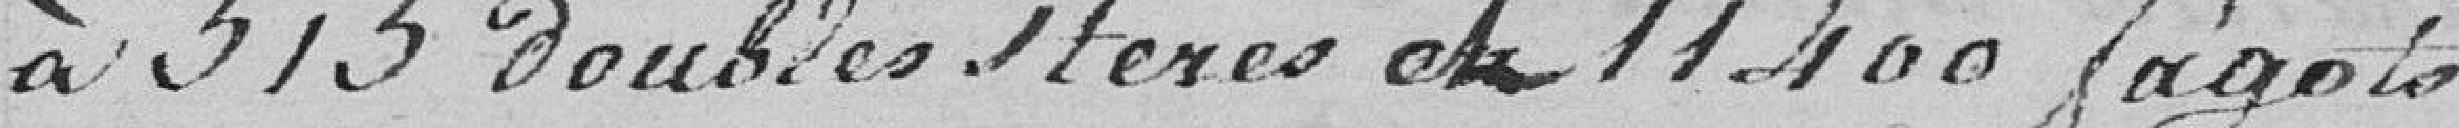
à 515 doubles 1teres et 11.400 fagots